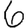
Digit: 6